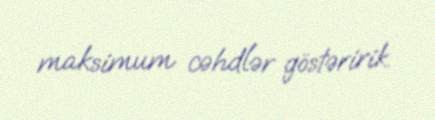
maksimum cəhdlər göstəririk.